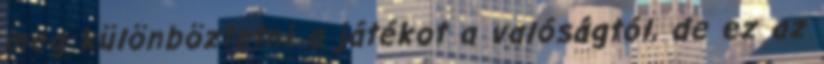
meg különböztetni a játékot a valóságtól, de ez az